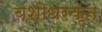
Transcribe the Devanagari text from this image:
यशोधरकृत